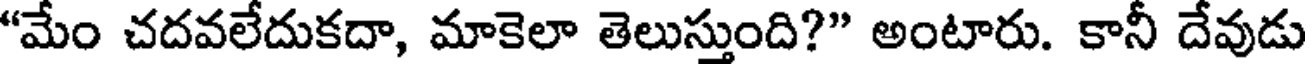
"మేం చదవలేదుకదా, మాకెలా తెలుస్తుంది?" అంటారు. కానీ దేవుడు